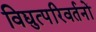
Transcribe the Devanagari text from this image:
विद्युत्परिवर्तनों